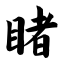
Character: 睹